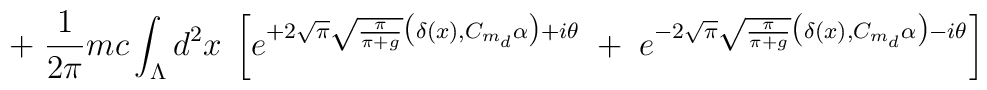
\; + \; \frac{1}{2\pi} m c\int_{\Lambda} d^2 x \;\left[ e^{ + 2 \sqrt{\pi} \sqrt{\frac{\pi}{\pi+g}}\big( \delta(x), C_{m_d} \alpha \big) + i\theta} \; + \;e^{ - 2 \sqrt{\pi} \sqrt{\frac{\pi}{\pi+g}}\big( \delta(x), C_{m_d} \alpha  \big) - i\theta} \right]